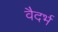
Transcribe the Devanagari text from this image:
वैदर्भ